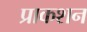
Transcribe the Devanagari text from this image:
प्राकशन